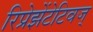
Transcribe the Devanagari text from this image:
रिप्रेझेंटेटिवज्